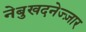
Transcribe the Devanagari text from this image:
नेबुखदनेज्ज़ार